Report of the Hyderabad Chloroform Commission
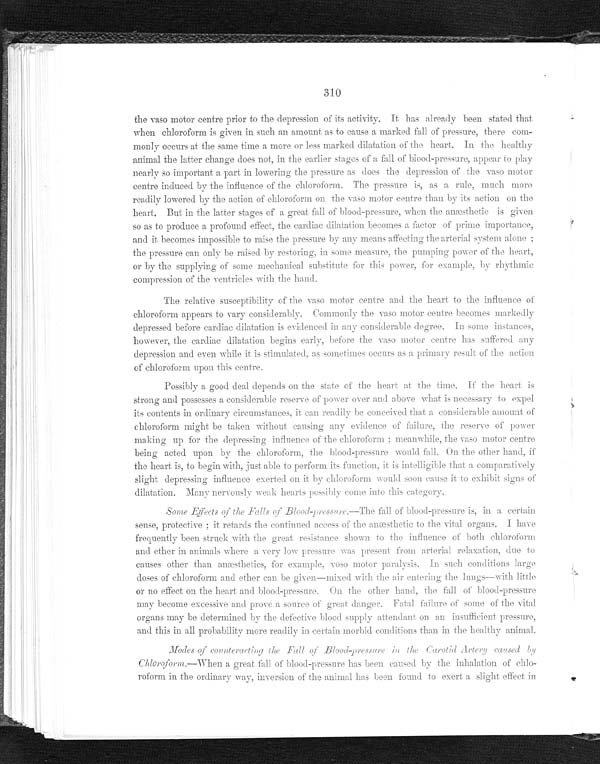
310
the vaso motor centre prior to the depression of its activity. It has already been stated that
when chloroform is given in such an amount as to cause a marked fall of pressure, there com
- m o n l y o c c u r s a t t h e s a m e t i m e a m o r e o r l e s s m a r k e d d i l a t a t i o n o f t h e h e a r t . I n t h e h e a l t h y
animal the latter change does not, in the earlier stages of a fall of blood-pressure, appear to play
nearly so important, a part in lowering the pressure as does the depression of the vaso motor
centre induced by the influence of the chloroform. The pressure is, as a rule, much more
readily lowered by the action of chloroform on the vaso motor centre than by its action on the
heart. But in the latter stages of a great fall of blood-pressure, when the anæsthetic is given
so as to produce a profound effect, the cardiac dilatation becomes a factor of prime importance,
and it becomes impossible to raise the pressure by any means affecting the arterial system alone
; t h e p r e s s u r e c a n o n l y b e r a i s e d b y r e s t o r i n g , i n s o m e m e a s u r e , t h e p u m p i n g p o w e r o f t h e h e a r t ,
or by the supplying of some mechanical substitute for this power, for example, by rhythmic
compression of the ventricles with the hand.
The relative susceptibility of the vaso motor centre and the heart to the influence of
chloroform appears to vary considerably. Commonly the vaso motor centre becomes markedly
depressed before cardiac dilatation is evidenced in any considerable degree. In some instances,
however, the cardiac dilatation begins early, before the vaso motor centre has suffered any
depression and even while it is stimulated, as sometimes occurs as a primary result of the action
of chloroform upon this centre.
Possibly a good deal depends on the state of the heart at the time. If the heart is
strong and possesses a considerable reserve of power over and above what is necessary to expel
its contents in ordinary circumstances, it can readily be conceived that a considerable amount of
chloroform might be taken without causing any evidence of failure, the reserve of power
making up for the depressing influence of the chloroform; meanwhile, the vaso motor centre
being acted upon by the chloroform, the blood-pressure would fall. On the other hand, if
the heart is, to begin with, just able to perform its function, it is intelligible that a comparative
ly slight depressing influence exerted on it by chloroform would soon cause it to exhibit signs of
dilatation. Many nervously weak hearts possibly come into this category.
Some Effects of the Falls of
Blood-pressure. — T h e f a l l o f b l o o d - p r e s s u r e i s , i n a c e r t a i n
sense, protective; it retards the continued access of the anæsthetic to the vita1 organs. I have
frequently been struck with the great resistance shown to the influence of both chloroform
and ether in animals where a very low pressure was present from arterial relaxation, due
to causes other than anæsthetics, for example v o s o m o t o r
paralysis. In such conditions large
doses of chloroform and ether can be given—mixed with the air entering the lungs—with little
o r n o e f f e c t o n t h e h e a r t a n d b l o o d - p r e s s u r e . O n t h e o t h e r h a n d , t h e f a l l o f b l o o d - p r e s s u r e
may become excessive and prove a source of great danger. Fatal failure of some of the vital
organs may be determined by the defective blood supply attendant on an insufficient pressure,
and this in all probability more readily in certain morbid conditions than in the healthy
a n i m a l .
Modes of counteracting the
F a l l o f t h e B l o o d - p r e s s u r e i n t h e c a r o t i d A r t e r y c a u s e d b y C h l o r o f o r m.—When a great fall of blood-pressure has been caused by the inhalation of chlo
-roform in the ordinary way, inversion of the animal has been found to exert a slight effect in